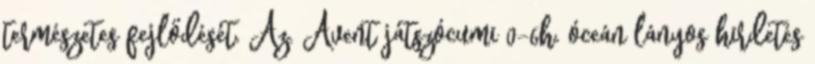
természetes fejlődését. Az. Avent játszócumi 0-6h. óceán lányos hirdetés